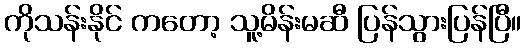
ကိုသန်းနိုင် ကတော့ သူ့မိန်းမဆီ ပြန်သွားပြန်ပြီ။